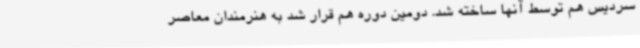
سردیس هم توسط آنها ساخته شد. دومین دوره هم قرار شد به هنرمندان معاصر